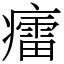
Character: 癗